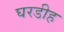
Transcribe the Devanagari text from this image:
घरडीह